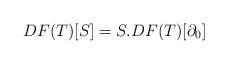
LaTeX: \begin{align*}DF(T)[S]=S.DF(T)[\partial_0]\end{align*}